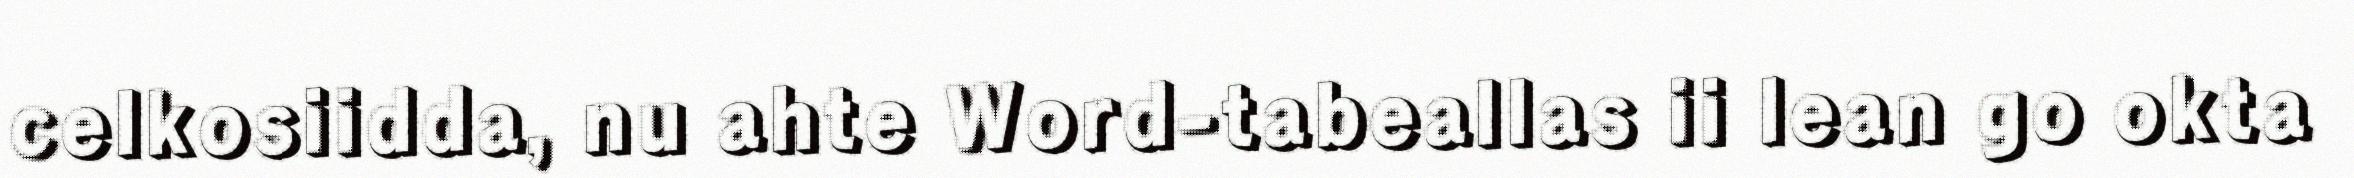
celkosiidda, nu ahte Word-tabeallas ii lean go okta